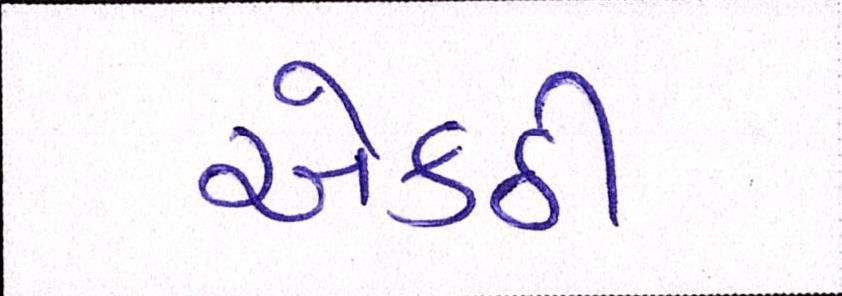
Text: એકઠી